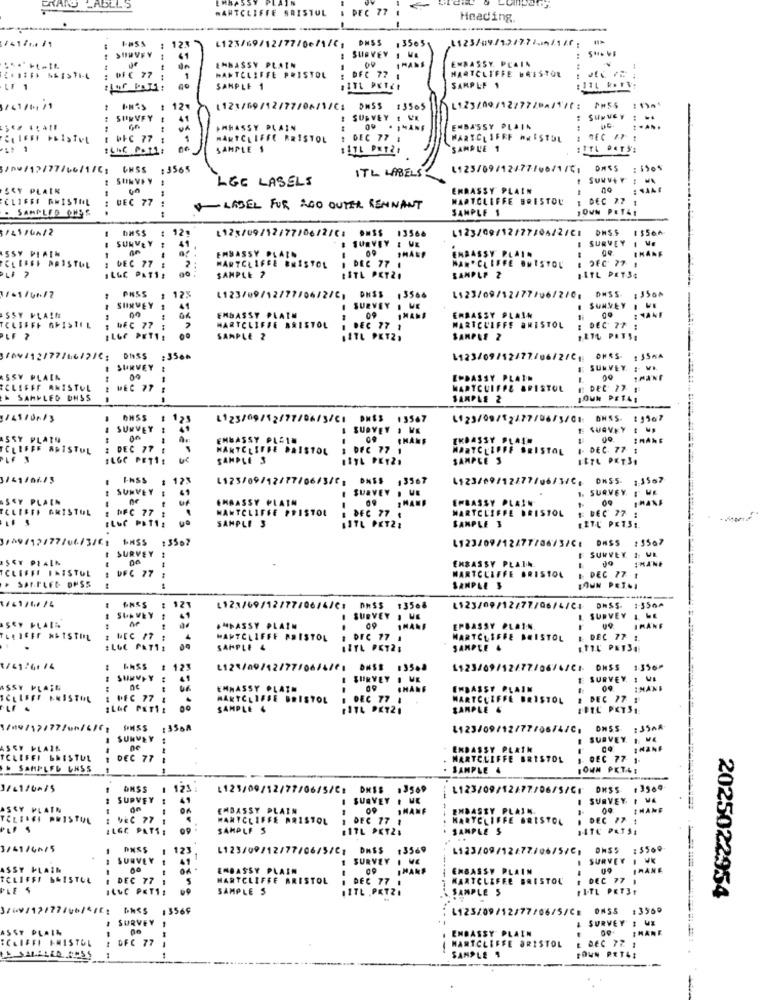
STARO LABELS
HARTCLIFFE BRISTOL
PEC 77
Heading.
FUSS : 123
3565
41
: SURVEY . WE
EMBASSY. PLAIN
EMBASSY PLAIN
00
1MANS
HARTCLIFFE BRISTOL
: 0FC 77 ;
1
MANTCLIFFE PRISTOL
: DFC 77 1
SAMPLE 1
SAMPLE 1
1/49/11 /1
1 PM'S : 121
1121/09/12/77/06/1/C:
DMSS
PHSS
: SURVEY !
41
SURVEY ! VE
: SURVEY : -.
IMHASSY PLAIN
EMBASSY PLAIN
E WFC 77 1
MARTCLIFFE BRISTOL
1 DEC 77 1
WARTCLIFFE HRISTOL
SAMPLE 1
117L PET21
SAMPLE 1
; ITL PETS:
ITL LABELS:
L123/09/12477/06/1/1
1 SURVEY #
LGE LASELS
I SURVEY : WA
SCY PLAIN
EMBASSY PLAIN
: SAME
CLIFFE AMISTOL
DEC 77 :
HARTCLIFFE BRISTOU
: DEC 2.7 1
. SAMPLED OMSS
.. .
LABEL FOR 200 OUTER REMNANT
SAMPLE 1
JOUN PETAI
DASS
: 12.
L123/09/12/77/06/2/C# ##$$ 13568
L123/09/12/27/04/2/CI
DASS
I SURVEY :
41
# SURVEY I VE
I SURVEY I VE
ASSY PIAIN
MARTCLIFFE BRISTOL
EMBASSY PLAZO
EMBASSY PLAIN
& JEC 77 1
CLIFFE AAISTUL
1 DEC 77 :
. DEC 77 1
MAN.CLIFFE BRISTOL
IL&C PATTE
SAMPLE ?
SAMPLE 2
SATL PETS4
PASS
1 12%
1/01/08.12
L123/09/12/77/06/2/C; DHSS ,3566
L123/09/12/77/06/2/0; DNS5 ;350^
SURVEY #
41
SURVEY & WE
SUMMEY . VE
SSY FLAIN
EMBASSY PLATU
09
EMBASSY PLAIN
: NANE
TELSFFE ARISTIL
: bFC 77 ;
HARTCLIFFE BRISTOL
DEC 77 1
WARTCLIFFS BRISTOL
: DEC 27 :
IL6F PET11
SAMPLE 2
11TL PETZ,
SAMPLE 2
12TL PRTS:
DASS :3566
SURVEY :
E SURVEY : V ..
ASSY PLAIN
00
EMBASSY PLATE
!MANF
CLIFFF ANISTOL
WEC 77
MARTCUIFPE BRISTOL
SAMPLED DHSS
SAMPLE 2
OHSS
L123/09/12/77/06/3/C1 DASS
13567
1123/09/12/77/06/3/01: DASS 19967
SURVEY !
I SURVEY . WE
E SUAVEY ! UD
SSY PLATU
00
EMBASSY PLAIN
..
EKBASSY PLATE
IMANE
TCLEFFE ARISTUL
: DEC 77 1
HARTCLIFFE DAISTOL
$ OFC 77 1
MARTCLIFFE BRISTOL
4- DEC. 77 1
BLOC PETTE
SAMPLE 3
ASYL PEYZ.
SAMPLE S
1ETL PET.3.
FHSS 1 123
L123/09/12/77/06/3/6; DASS
13567
4123/09/12277/06/3/C, ON55- 13567
I SUNVEY F
SURVEY . UE
1. SURVEY ! WE
ASSY PLAIN
OF
EMBASSY PLAIN
EMBASSY PLAIN
ECLIFFA BRISTOL
DFC 77 :
NANTCLIFFE ##1ST01
MARTCLIFFE BRISTOL
# DEC 77 :
SAMPLE 3
E DEC 77 .
SAMPLE 3
LETU PET3:
FLUG PBTIE
LITL PET21
109/12/77/06/3/61 1H55 13567
L123/09/12/77706/3/CE DASS :3507
ISET PLAIN
SURVEY
EMBASSY PLAIN
F SURVEY I: UL
THANE
TCLEFFE INISTOL
UFC 77
MARTCLIFFE BRISTOL
I- DEC 77 1
-
SAMPLE 3
LOUN PET.I
: 121
L123/69/12/77/06/4/C: D
13508
L$23/09/12/77/06/4/CE DHSS.
1356^
SURVEY
SURVEY , WE
L SURVEY I WE
SCY PLAIN
.MPASSY PLAIN
09
IMANE
EPBASSY PLAIN
09
IMANE
WANTCLIFFE BRISTOL
, DEC 77 1
MARTELSEBE BRISTOL
DEC 77 1.
SAMPLE 4
SAMPLE 4
ETTL PETSE
1/41261 14
1 123
1123/09/12/77/06/4/CE ONSS 1356⑈
41
SURVEY
E SURVEY. . V.
ASSY PLAIE
EMNASSY PLATH
09
CHANE
EMBASSY PLAIN
09
IMANE
1 PEC 77
MAKTCLIFFE BRISTOL
. DEC 77 1
WARTCLIFFE BRISTOL
. DEC 77 1
...
ILAC PETIE
SAMPLE &
SAMPLE &
:3558
2123/09/12/77/06/4/C.
SURVEY
I SURVEY. I M4
ASSY PLAIR
ne
EMBASSY PLATH
TCLEFFI BRISTUL
--
DEC 77
MARTCLIFFE BRISTOL
1. DEC 77 1-
SAMPLED UNSS
SAMPLE 4
ONSS
1 121
L123/09/12/77/06/5/C: DMSS 13569
L123/09/12/77/06/5/CI
DHSS
13909
SURVEY
41
SURVEY . HE
I SURVEY I VA
SCY
EMBASSY PLAIN
SHANF
EMBASSY PLAIN,
00
IMANE
TOLEREI PRISTUL
: VEC 77
MANYCLIFFE BRISTOL
DEC 77 1
HARTCLIFFE BRISTOL
. DEC #7
ILGC PATS:
SAMPLE S
#17L PET2:
SAMPLE S
HTC PATSE
3/41/4015
121
L123/09/12/77/06/5/C1
DASS
:3569
1123/09/12/77/06/5/C,
ONSS : $569
I SURVEY
SURVEY I VE
SURVEY
ASSY PLAIN
EMBASSY PLAIN
EMBASSY PLAIN
IRANE
FCLIFFI BRISTOL
. DEC 77
HARTCLIFFE BRISTOL
DEC 77
MARTCLIFFE BRISTOL
E DEC 77 1
PLE S
ILUC PET11
SAMPLE S
11TL PKTZI
SAMPLE 5
2025022954
-----
3709/12/7714
DASS
13569
L123/09/12/77/06/5/CE OM55 :3569
I SURVEY
A SURVEY ! WE
ASSY PLAIN
EMBASSY PLAIN
:CLIFFI BRISTOL
DFC 77
E DEC 77 1
MARTCLIFFE BRISTOL
IL SALLLERIN
SAMPLE 1
TOWN PET4E
-